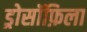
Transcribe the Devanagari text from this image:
ड्रोसॉफ़िला